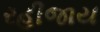
રહીજાય